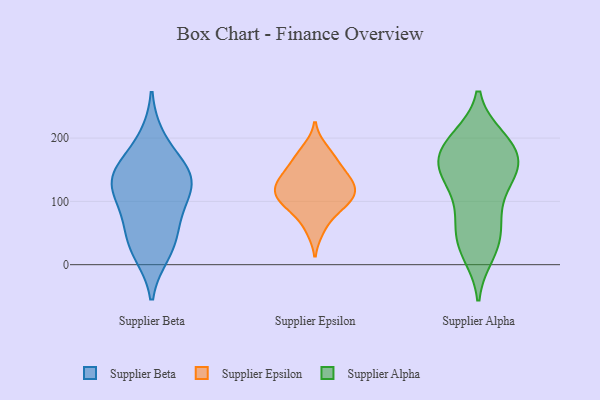
{"axis": {"x": "Satisfaction Score", "y": "Value"}, "legend": ["Supplier Alpha", "Supplier Beta", "Supplier Epsilon"], "data": [{"x": "", "y": 53, "type": "Supplier Beta"}, {"x": "", "y": 76, "type": "Supplier Beta"}, {"x": "", "y": 141, "type": "Supplier Beta"}, {"x": "", "y": 19, "type": "Supplier Beta"}, {"x": "", "y": 115, "type": "Supplier Beta"}, {"x": "", "y": 154, "type": "Supplier Beta"}, {"x": "", "y": 107, "type": "Supplier Beta"}, {"x": "", "y": 142, "type": "Supplier Beta"}, {"x": "", "y": 136, "type": "Supplier Beta"}, {"x": "", "y": 199, "type": "Supplier Beta"}, {"x": "", "y": 28, "type": "Supplier Beta"}, {"x": "", "y": 127, "type": "Supplier Epsilon"}, {"x": "", "y": 83, "type": "Supplier Epsilon"}, {"x": "", "y": 167, "type": "Supplier Epsilon"}, {"x": "", "y": 55, "type": "Supplier Epsilon"}, {"x": "", "y": 183, "type": "Supplier Epsilon"}, {"x": "", "y": 109, "type": "Supplier Epsilon"}, {"x": "", "y": 140, "type": "Supplier Epsilon"}, {"x": "", "y": 101, "type": "Supplier Epsilon"}, {"x": "", "y": 130, "type": "Supplier Epsilon"}, {"x": "", "y": 129, "type": "Supplier Epsilon"}, {"x": "", "y": 96, "type": "Supplier Epsilon"}, {"x": "", "y": 158, "type": "Supplier Epsilon"}, {"x": "", "y": 108, "type": "Supplier Epsilon"}, {"x": "", "y": 158, "type": "Supplier Alpha"}, {"x": "", "y": 56, "type": "Supplier Alpha"}, {"x": "", "y": 183, "type": "Supplier Alpha"}, {"x": "", "y": 143, "type": "Supplier Alpha"}, {"x": "", "y": 86, "type": "Supplier Alpha"}, {"x": "", "y": 143, "type": "Supplier Alpha"}, {"x": "", "y": 151, "type": "Supplier Alpha"}, {"x": "", "y": 91, "type": "Supplier Alpha"}, {"x": "", "y": 58, "type": "Supplier Alpha"}, {"x": "", "y": 197, "type": "Supplier Alpha"}, {"x": "", "y": 161, "type": "Supplier Alpha"}, {"x": "", "y": 29, "type": "Supplier Alpha"}, {"x": "", "y": 17, "type": "Supplier Alpha"}, {"x": "", "y": 191, "type": "Supplier Alpha"}, {"x": "", "y": 195, "type": "Supplier Alpha"}, {"x": "", "y": 132, "type": "Supplier Alpha"}, {"x": "", "y": 27, "type": "Supplier Alpha"}, {"x": "", "y": 200, "type": "Supplier Alpha"}, {"x": "", "y": 151, "type": "Supplier Alpha"}]}